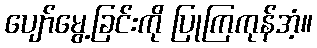
ပျော်မွေ့ခြင်းကို ပြုကြကုန်အံ့။